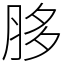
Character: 䏧